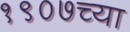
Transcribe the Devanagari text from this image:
१९०७च्या